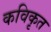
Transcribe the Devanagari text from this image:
कविकृत